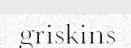
griskins